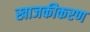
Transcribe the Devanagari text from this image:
खाजकीकरण